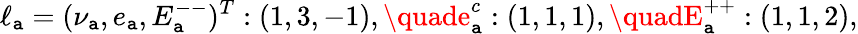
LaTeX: \ell_{\mathtt{a}}=(\nu_{\mathtt{a}},e_{\mathtt{a}},E_{\mathtt{a}}^{--})^{T}:(1,3,-1),\quade_{\mathtt{a}}^{c}:(1,1,1),\quadE_{\mathtt{a}}^{++}:(1,1,2),